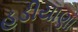
હડીયાણા